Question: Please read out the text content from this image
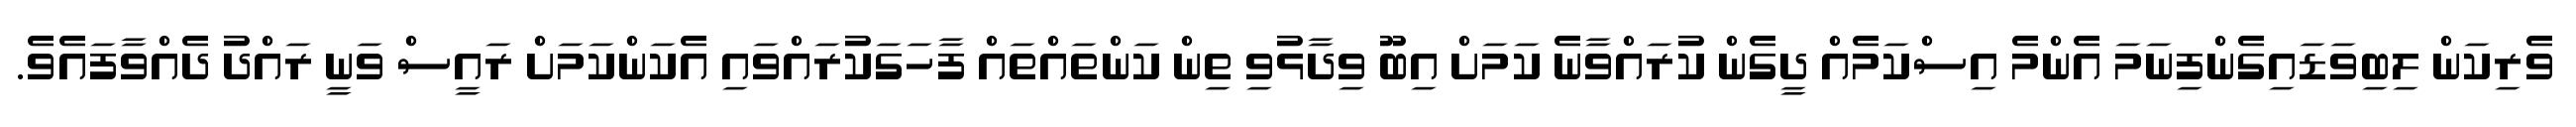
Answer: ވެރިކަން ލިބިވަޑައިގެންފިނަމަ އެންމެ އިސްކަމެއް ދީގެން ކުރައްވާނެ ކަމަށް އިބޫ ވިދާޅުވި ތިން ކަންތައްތައް ފާހަގަކުރައްވައި އެކަންކަމަށް ރައީސް ވަނީ ރައްދު ދެއްވާފައެވެ.